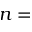
n =